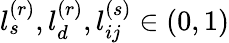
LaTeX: l_{s}^{(r)},l_{d}^{(r)},l_{ij}^{(s)}\in(0,1)